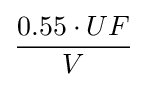
{\frac {0.55\cdot UF}{V}}